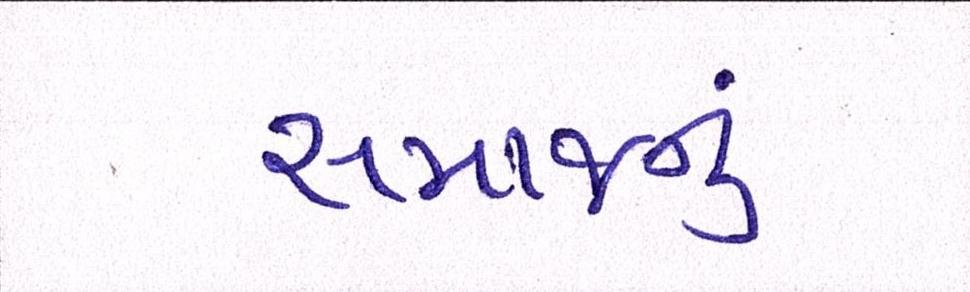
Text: સમાજનું